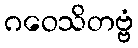
ဂဝေသိတဗ္ဗံ